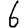
Digit: 6